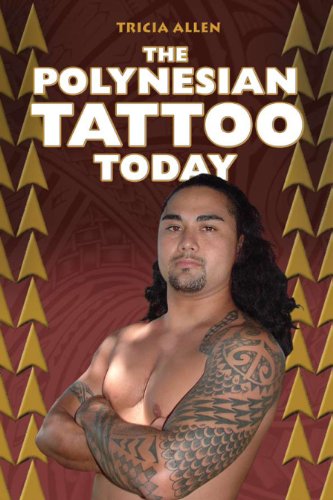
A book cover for The Polynesian Tattoo Today; Tricia Allen; Arts & Photography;